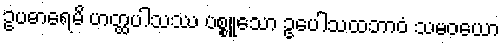
ဥပဓာရေမိ ဟတ္ထပါသဿ ပစ္စူသော ဥပေါသထဘာဝံ သမဝယော